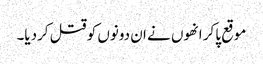
موقع پاکر انھوں نے ان دونوں کو قتل کردیا۔